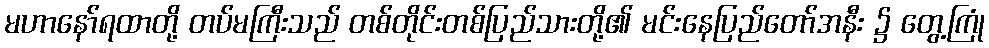
မဟာနော်ရထာတို့ တပ်မကြီးသည် တစ်တိုင်းတစ်ပြည်သားတို့၏ မင်းနေပြည်တော်အနီး ၌ တွေ့ကြုံ